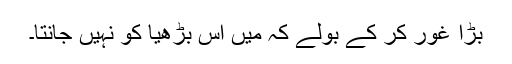
بڑا غور کر کے بولے کہ مَیں اس بڑھیا کو نہیں جانتا۔